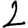
Digit: 2